Report of the Indian Hemp Drugs Commission, 1894-1895 - Volume VIII
Year: 1894
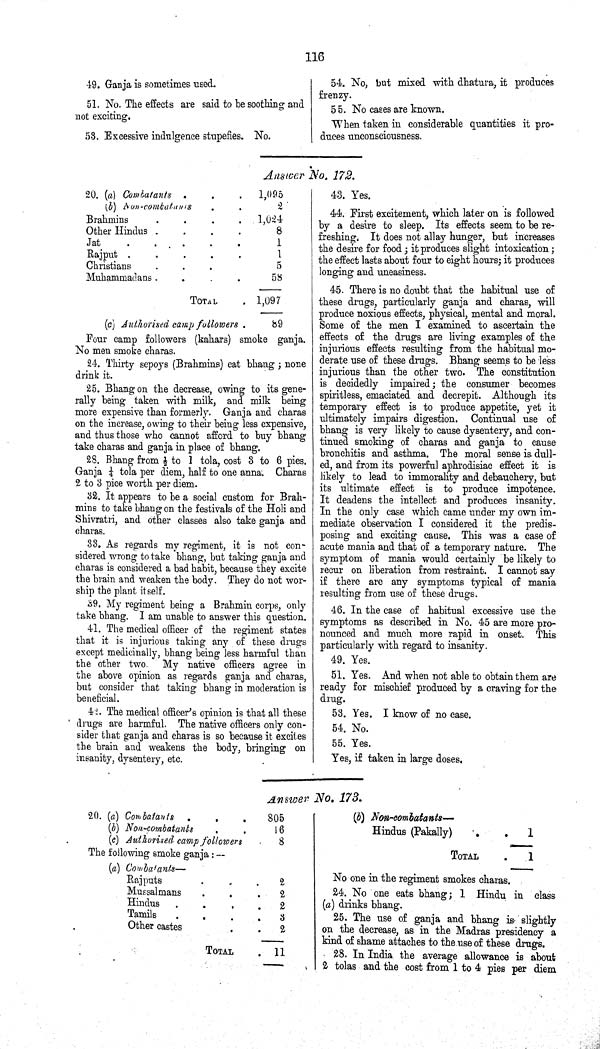
116
49. Ganja is sometimes used.
51. No. The effects are said to be soothing and
not exciting.
53. Excessive indulgence stupefies. No.
54. No, but mixed with dhatura, it produces
frenzy.
55. No cases are known.
When taken in considerable quantities it pro¬
duces unconsciousness.
Answer No. 172.
20. (a) Combatants
1,095
(b)
Non-contatants
2
Brahmins
1,024
Other Hindus
8
Jat
1
Rajput
1
Christians
5
Muhammadans
58
TOTAL
1,097
(c) Authorised camp
followers
89
Four camp followers (kahars) smoke ganja.
No men smoke charas.
24. Thirty sepoys (Brahmins) cat bhang; none
drink it.
25. Bhang on the decrease, owing to its gene¬
rally being taken with milk, and milk being
more expensive than formerly. Ganja and charas
on the increase, owing to their being less expensive,
and thus those who cannot afford to buy bhang
take charas and ganja in place of bhang.
28. Bhang from 1/2 to 1 tola, cost 3 to 6 pies.
Ganja 1/4 tola per diem, half to one anna. Charas
2 to 3 pice worth per diem.
32. It appears to be a social custom for Brah¬
mins to take bhang on the festivals of the Holi and
Shivratri, and other classes also take ganja and
charas.
33. As regards my regiment, it is not con¬
sidered wrong to take bhang, but taking ganja and
charas is considered a bad habit, because they excite
the brain and weaken the body. They do not wor¬
ship the plant itself.
39. My regiment being a Brahmin corps, only
take bhang. I am unable to answer this question.
41. The medical officer of the regiment states
that it is injurious taking any of these drugs
except medicinally, bhang being less harmful than
the other two. My native officers agree in
the above opinion as regards ganja and charas,
but consider that taking bhang in moderation is
beneficial.
42. The medical officer's opinion is that all these
drugs are harmful. The native officers only con-
sider that ganja and charas is so because it excites
the brain and weakens the body, bringing on
insanity, dysentery, etc.
43. Yes.
44. First excitement, which later on is followed
by a desire to sleep. Its effects seem to be re¬
freshing. It does not allay hunger, but increases
the desire for food; it produces slight intoxication;
the effect lasts about four to eight hours; it produces
longing and uneasiness.
45. There is no doubt that the habitual use of
these drugs, particularly ganja and charas, will
produce noxious effects, physical, mental and moral.
Some of the men I examined to ascertain the
effects of the drugs are living examples of the
injurious effects resulting from the habitual mo¬
derate use of these drugs. Bhang seems to be less
injurious than the other two. The constitution
is decidedly impaired; the consumer becomes
spiritless, emaciated and decrepit. Although its
temporary effect is to produce appetite, yet it
ultimately impairs digestion. Continual use of
bhang is very likely to cause dysentery, and con¬
tinued smoking of charas and ganja to cause
bronchitis and asthma. The moral sense is dull¬
ed, and from its powerful aphrodisiac effect it is
likely to lead to immorality and debauchery, but
its ultimate effect is to produce impotence.
It deadens the intellect and produces insanity.
In the only case which came under my own im¬
mediate observation I considered it the predis¬
posing and exciting cause. This was a case of
acute mania and that of a temporary nature. The
symptom of mania would certainly be likely to
recur on liberation from restraint. I cannot say
if there are any symptoms typical of mania
resulting from use of these drugs.
46. In the case of habitual excessive use the
symptoms as described in No. 45 are more pro¬
nounced and much more rapid in onset. This
particularly with regard to insanity.
49. Yes.
51. Yes. And when not able to obtain them are
ready for mischief produced by a craving for the
drug.
53. Yes. I know of no case.
54. No.
55. Yes.
Yes, if taken in large doses.
Answer No. 173.
20. (a) Combatants
805
(b) Non-combatants
16
(c) Authorised camp followers 8
The following smoke ganja:—
(a) Combatants—
Rajputs
2
Mussalmans
2
Hindus
2
Tamils
3
Other castes
2
TOTAL
11
(b) Non-combatants—
Hindus (Pakally)
1
TOTAL
1
No one in the regiment smokes charas.
24. No one eats bhang; 1 Hindu in class
(a) drinks bhang.
25. The use of ganja and bhang is slightly
on the decrease, as in the Madras presidency a
kind of shame attaches to the use of these drugs.
28. In India the average allowance is about
2 tolas and the cost from 1 to 4 pies per diem